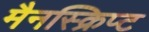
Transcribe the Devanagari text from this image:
मैनस्क्रिप्ट